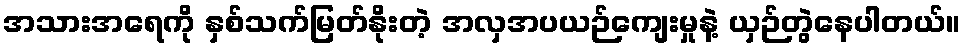
အသားအရေကို နှစ်သက်မြတ်နိုးတဲ့ အလှအပယဉ်ကျေးမှုနဲ့ ယှဉ်တွဲနေပါတယ်။